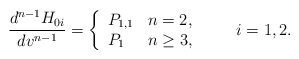
\begin{align*} \frac{d^{n-1}H_{0i}}{dv^{n-1}}=\left\{ \begin{array}{ll} P_{1,1} & n=2,\\ P_1 & n\geq 3, \end{array}\right.\qquad\textrm{$i=1,2$}.\end{align*}